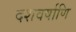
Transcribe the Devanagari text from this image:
दशवर्षाणि